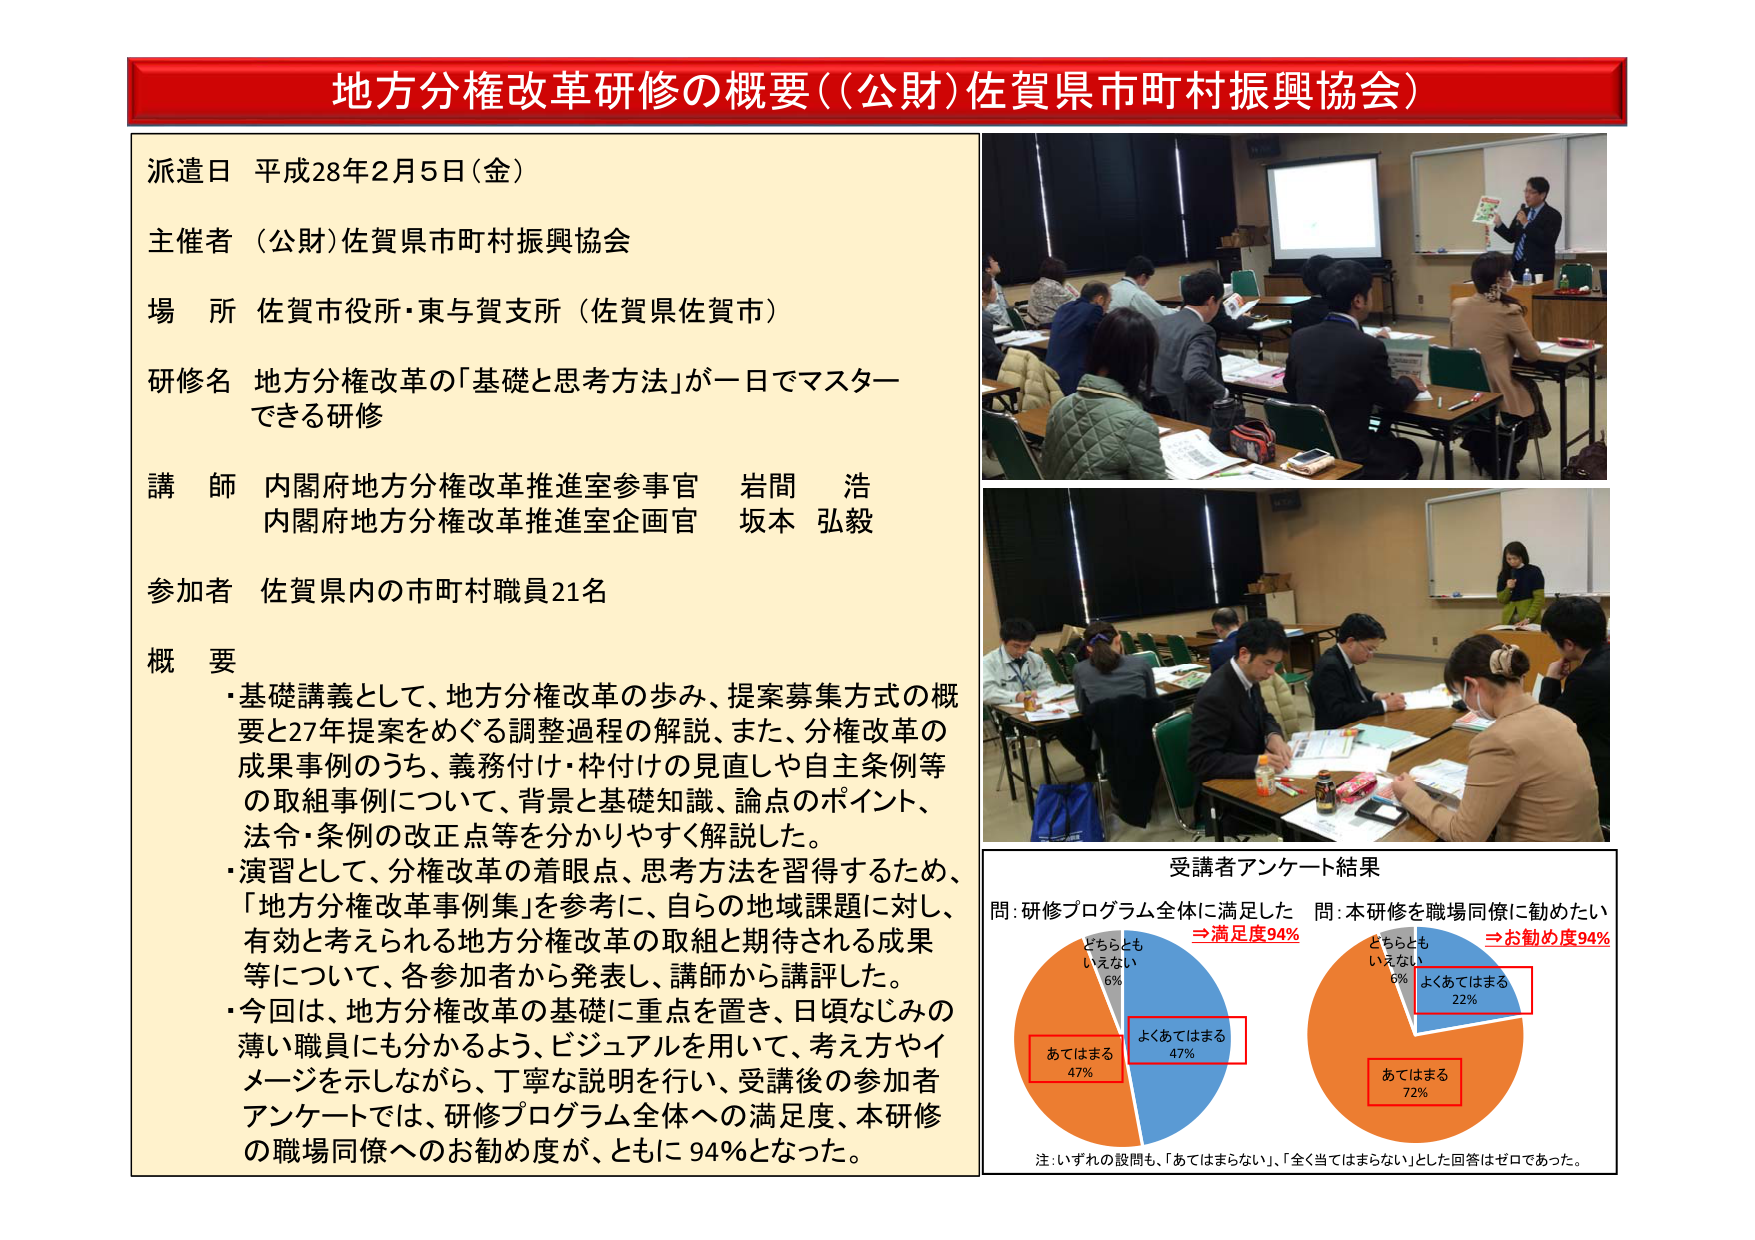
地方分権改革研修の概要（（公財）佐賀県市町村振興協会）

派遣日 平成28年2月5日（金）
主催者 （公財）佐賀県市町村振興協会
場 所 佐賀市役所・東与賀支所（佐賀県佐賀市）
研修名 地方分権改革の「基礎と思考方法」が一日でマスターできる研修
講 師 内閣府地方分権改革推進室参事官 岩間 浩
　　　内閣府地方分権改革推進室企画官 坂本 弘毅
参加者 佐賀県内の市町村職員21名

概 要
・基礎講義として、地方分権改革の歩み、提案募集方式の概要と27年提案をめぐる調整過程の解説、また、分権改革の成果事例のうち、義務付け・枠付けの見直しや自主条例等の取組事例について、背景と基礎知識、論点のポイント、法令・条例の改正点等を分かりやすく解説した。
・演習として、分権改革の着眼点、思考方法を習得するため、「地方分権改革事例集」を参考に、自らの地域課題に対し、有効と考えられる地方分権改革の取組と期待される成果等について、各参加者から発表し、講師から講評した。
・今回は、地方分権改革の基礎に重点を置き、日頃なじみの薄い職員にも分かるよう、ビジュアルを用いて、考え方やイメージを示しながら、丁寧な説明を行い、受講後の参加者アンケートでは、研修プログラム全体への満足度、本研修の職場同僚へのお勧め度が、ともに94％となった。

受講者アンケート結果
問：研修プログラム全体に満足した　⇒満足度94％
　　　　どちらともいえない 6％
　　　　よくあてはまる 47％
　　　　あてはまる 47％

問：本研修を職場同僚に勧めたい　⇒お勧め度94％
　　　　どちらともいえない 6％
　　　　よくあてはまる 22％
　　　　あてはまる 72％

注：いずれの設問も、「あてはまらない」、「全く当てはまらない」とした回答はゼロであった。